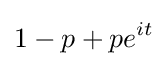
1-p+pe^{it}